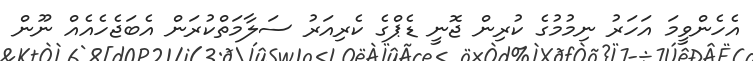
އެހެންވީމަ އަހަރު ނިމުމުގެ ކުރިން ޖޮނީ ޑެޕްގެ ކެރިއަރު ސަލާމަތްކުރަން އެބަޖެހެއެއް ނޫން